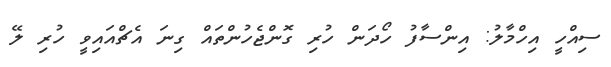
ސިއްހީ އިހްމާލު: އިންސާފު ހޯދަން ހުރި ގޮންޖެހުންތައް ގިނަ އެޗްއައިވީ ހުރި ލޭ